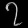
Digit: ၇